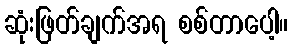
ဆုံးဖြတ်ချက်အရ စစ်တာပေါ့။